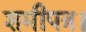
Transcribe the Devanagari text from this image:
शमीपत्र।